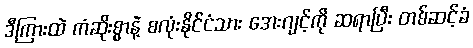
ဒီကြားထဲ ကံဆိုးစွာနဲ့ စလုံးနိုင်ငံသား အေးဂျင့်ကို ဆရာပြီး တစ်ဆင့်ခံ